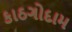
કાઠગોદામ